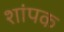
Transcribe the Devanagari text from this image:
शांपक